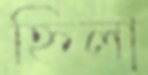
হ্নিলা